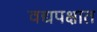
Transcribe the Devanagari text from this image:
वद्यपक्षात